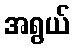
အရွယ်